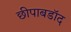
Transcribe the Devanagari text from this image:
छीपाबडॉद